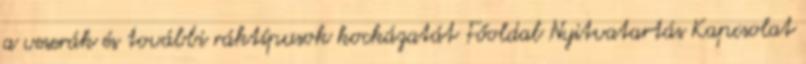
a veserák és további ráktípusok kockázatát Főoldal Nyitvatartás Kapcsolat